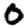
Digit: 0